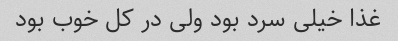
غذا خیلی سرد بود ولی در کل خوب بود